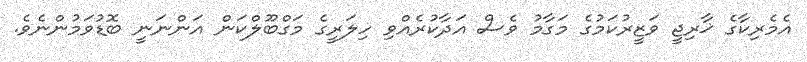
އެމެރިކާގެ ޚާރިޖީ ވަޒީރުކަމުގެ މަގާމު ވެސް އަދާކުރެއްވި ހިލަރީގެ މަގްބޫލްކަން އަންނަނީ ބޮޑުވަމުންނެވެ.